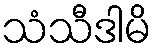
သံသီဒါမိ